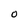
Character: O